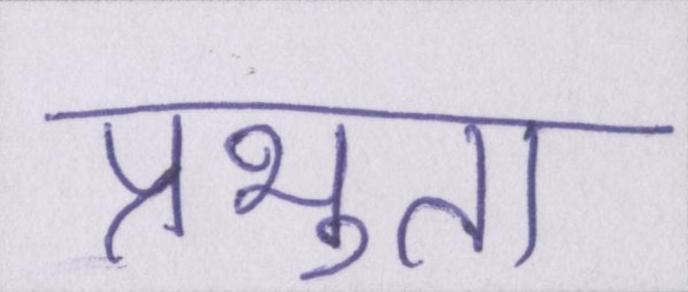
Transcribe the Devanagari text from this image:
प्रभुता